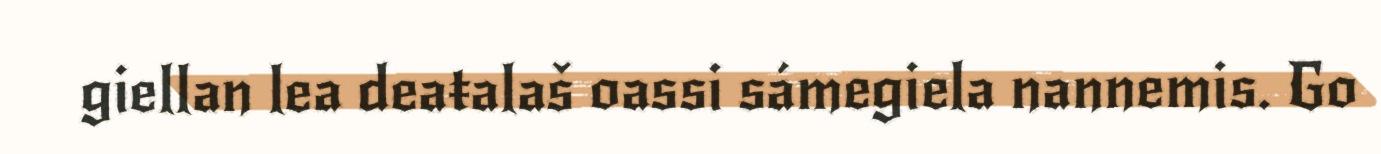
giellan lea deaŧalaš oassi sámegiela nannemis. Go